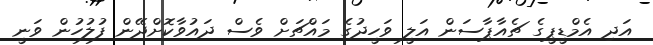
އަދި އެމްޑީޕީގެ ޗެއާޕާސަން އަލީ ވަހީދުގެ މައްޗަށް ވެސް ދައުވާކޮށްދޭން ފުލުހުން ވަނީ